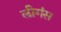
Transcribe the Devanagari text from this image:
लीगंस